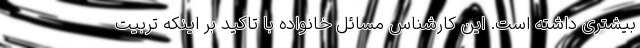
بیشتری داشته است. این کارشناس مسائل خانواده با تاکید بر اینکه تربیت